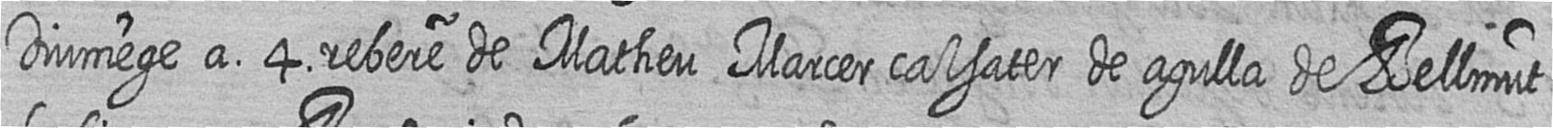
Diumege a 4 rebere de Matheu Marcer calsater de agulla de Bellmut